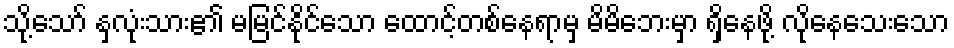
သို့သော် နှလုံးသား၏ မမြင်နိုင်သော ထောင့်တစ်နေရာမှ မိမိဘေးမှာ ရှိနေဖို့ လိုနေသေးသော